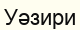
Уәзири